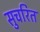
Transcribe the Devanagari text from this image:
सुचरित